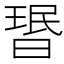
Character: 𬁂